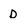
Character: D